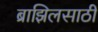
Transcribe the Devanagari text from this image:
ब्राझिलसाठी